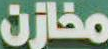
مخازن